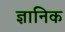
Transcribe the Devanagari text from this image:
ज्ञानिक